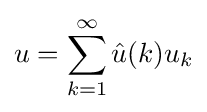
u=\sum _{k=1}^{\infty }{\hat {u}}(k)u_{k}